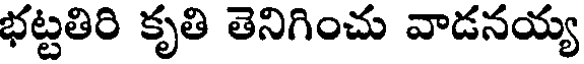
భట్టతిరి కృతి తెనిగించు వాడనయ్య